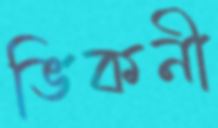
ভিকনী